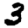
Digit: 3